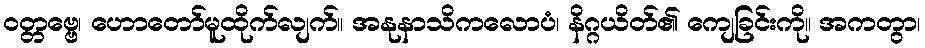
ဝတ္တဗ္ဗေ၊ ဟောတော်မူထိုက်လျက်။ အနုနာသိကလောပံ၊ နိဂ္ဂယိတ်၏ ကျေခြင်းကို။ အကတွာ၊